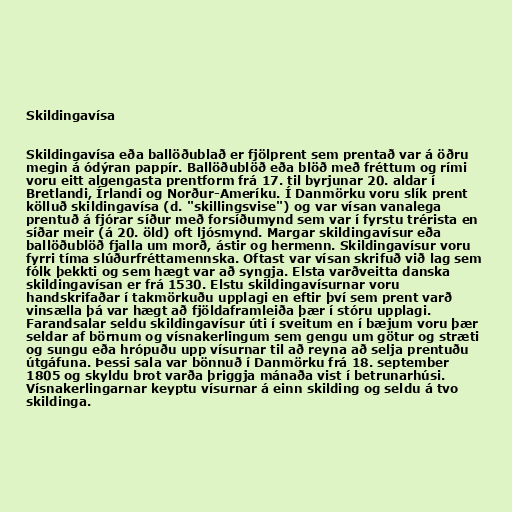
Skildingavísa

Skildingavísa eða ballöðublað er fjölprent sem prentað var á öðru
megin á ódýran pappír. Ballöðublöð eða blöð með fréttum og rími
voru eitt algengasta prentform frá 17. til byrjunar 20. aldar í
Bretlandi, Írlandi og Norður-Ameríku. Í Danmörku voru slík prent
kölluð skildingavísa (d. "skillingsvise") og var vísan vanalega
prentuð á fjórar síður með forsíðumynd sem var í fyrstu trérista en
síðar meir (á 20. öld) oft ljósmynd. Margar skildingavísur eða
ballöðublöð fjalla um morð, ástir og hermenn. Skildingavísur voru
fyrri tíma slúðurfréttamennska. Oftast var vísan skrifuð við lag sem
fólk þekkti og sem hægt var að syngja. Elsta varðveitta danska
skildingavísan er frá 1530. Elstu skildingavísurnar voru
handskrifaðar í takmörkuðu upplagi en eftir því sem prent varð
vinsælla þá var hægt að fjöldaframleiða þær í stóru upplagi.
Farandsalar seldu skildingavísur úti í sveitum en í bæjum voru þær
seldar af börnum og vísnakerlingum sem gengu um götur og stræti
og sungu eða hrópuðu upp vísurnar til að reyna að selja prentuðu
útgáfuna. Þessi sala var bönnuð í Danmörku frá 18. september
1805 og skyldu brot varða þriggja mánaða vist í betrunarhúsi.
Vísnakerlingarnar keyptu vísurnar á einn skilding og seldu á tvo
skildinga.